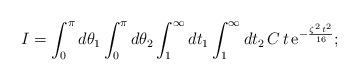
LaTeX: \begin{align*}I= \int_{0}^{\pi}d\theta_{1} \int_{0}^{\pi}d\theta_{2} \int_{1}^{\infty}dt_{1} \int_{1}^{\infty}dt_{2}\, C\,t\,{\rm e}^{-\frac{\zeta ^{2}\,t^{2}}{16}};\end{align*}